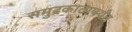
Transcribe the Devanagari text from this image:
समुद्रकाठापर्यंत